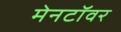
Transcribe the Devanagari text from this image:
मेनटॉवर